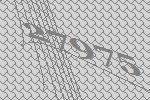
27975